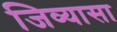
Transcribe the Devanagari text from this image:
जिव्यासा